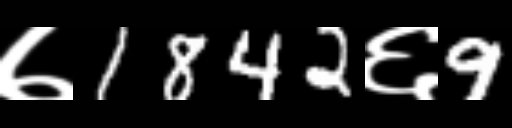
Text: ७1842६9